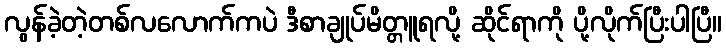
လွန်ခဲ့တဲ့တစ်လလောက်ကပဲ ဒီစာချုပ်မိတ္တူရလို့ ဆိုင်ရာကို ပို့လိုက်ပြီးပါပြီ။